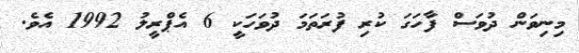
މިނިވަން ދުވަސް ފާހަގަ ކުރި ފުރަތަމަ ދުވަހަކީ 6 އެޕްރީލު 1992 އެވެ.